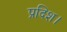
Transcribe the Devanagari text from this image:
प्रदिश।